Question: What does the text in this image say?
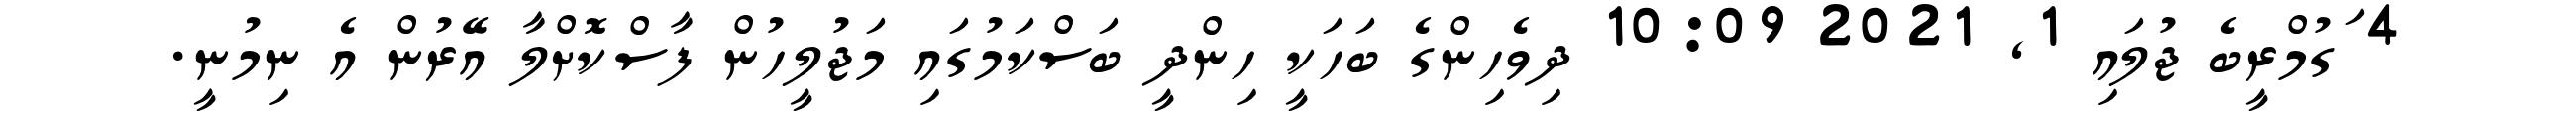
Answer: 4 ަގުމްރީބެ ޖުލައި 1, 2021 10:09 ދިވެހިންގެ ބަހަކީ ހިންދީ ބަސްކަމުގައި މަޖުލީހުން ފާސްކޮށްލާ އޭރުން އެ ނިމުނީ.